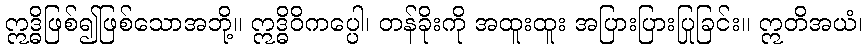
ဣဒ္ဓိဖြစ်၍ဖြစ်သောအဘို့။ ဣဒ္ဓိဝိကပ္ပေါ၊ တန်ခိုးကို အထူးထူး အပြားပြားပြုခြင်း။ ဣတိအယံ၊